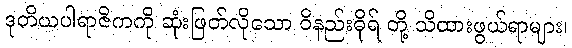
ဒုတိယပါရာဇိကကို ဆုံးဖြတ်လိုသော ဝိနည်းဓိုရ် တို့ သိထားဖွယ်ရာများ၊